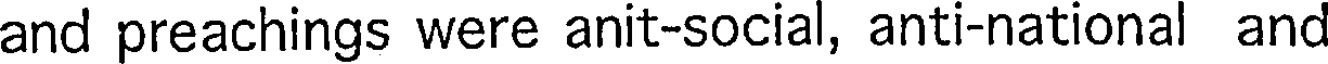
and preachings were anit-social, anti-national and